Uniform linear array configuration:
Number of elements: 16
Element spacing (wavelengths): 0.75
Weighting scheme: hann
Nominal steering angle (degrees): -45
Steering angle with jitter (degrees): -45.778
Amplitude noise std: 0.05
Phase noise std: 0.05

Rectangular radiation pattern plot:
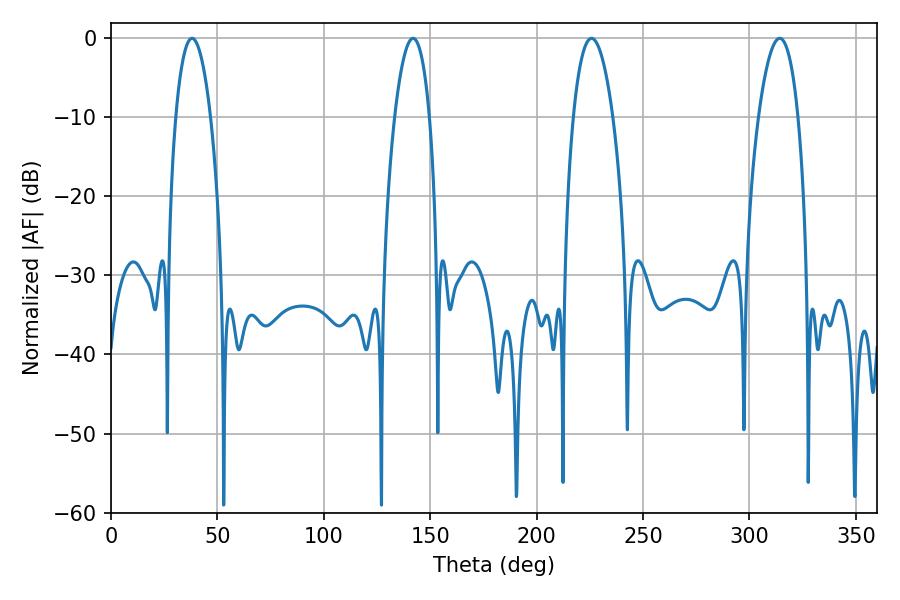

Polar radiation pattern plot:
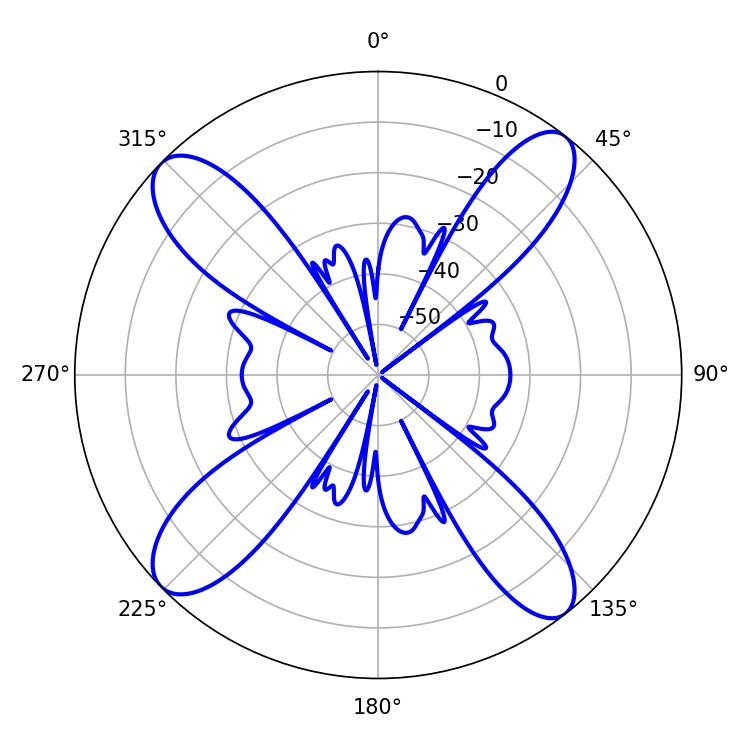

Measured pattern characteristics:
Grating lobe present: TRUE
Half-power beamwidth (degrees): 10.26
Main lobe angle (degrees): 225.72